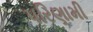
પરિણામી